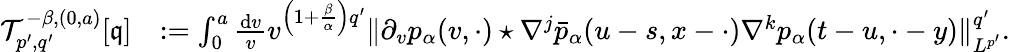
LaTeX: \begin{array}{rl}{\mathcal{T}_{p^{\prime},q^{\prime}}^{-\beta,(0,a)}[\mathfrak{q}]}&{:=\int_{0}^{a}\frac{\mathrm{d}v}{v}v^{\left(1+\frac{\beta}{\alpha}\right)q^{\prime}}\Vert\partial_{v}p_{\alpha}(v,\cdot)\star\nabla^{j}\bar{p}_{\alpha}(u-s,x-\cdot)\nabla^{k}p_{\alpha}(t-u,\cdot-y)\Vert_{L^{p^{\prime}}}^{q^{\prime}}.}\end{array}